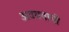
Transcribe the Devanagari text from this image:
अवयवाची